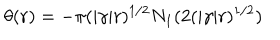
\theta ( r ) = - \pi ( | \gamma | r ) ^ { 1 / 2 } N _ { 1 } ( 2 ( | \gamma | r ) ^ { 1 / 2 } )